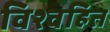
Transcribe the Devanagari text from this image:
विश्वहित